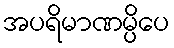
အပရိမာဏမ္ပိပေ